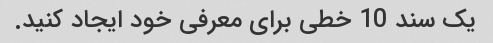
یک سند 10 خطی برای معرفی خود ایجاد کنید.